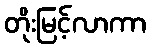
တိုးမြင့်လာကာ